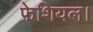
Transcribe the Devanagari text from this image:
फ़ेशियल।